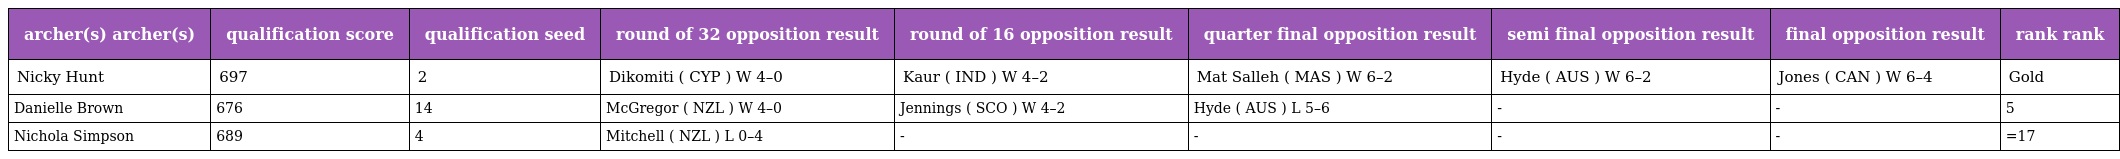
| archer(s) archer(s) | qualification score | qualification seed | round of 32 opposition result | round of 16 opposition result | quarter final opposition result | semi final opposition result | final opposition result | rank rank |
 | --- | --- | --- | --- | --- | --- | --- | --- | --- |
 | Nicky Hunt | 697 | 2 | Dikomiti ( CYP ) W 4–0 | Kaur ( IND ) W 4–2 | Mat Salleh ( MAS ) W 6–2 | Hyde ( AUS ) W 6–2 | Jones ( CAN ) W 6–4 | Gold |
 | Danielle Brown | 676 | 14 | McGregor ( NZL ) W 4–0 | Jennings ( SCO ) W 4–2 | Hyde ( AUS ) L 5–6 | - | - | 5 |
 | Nichola Simpson | 689 | 4 | Mitchell ( NZL ) L 0–4 | - | - | - | - | =17 |